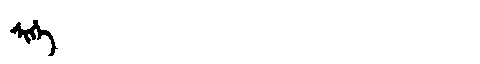
Manchu: ᠰᡳᡥᡝ
Romanization: SIHE